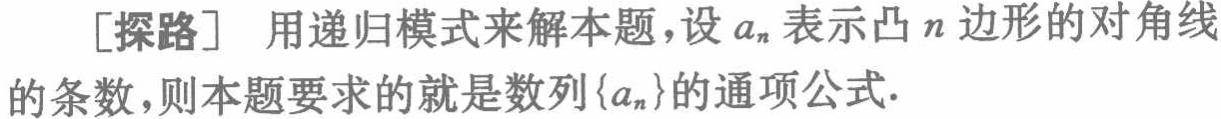
[探路] 用递归模式来解本题，设\(a_{n}\)表示凸\(n\)边形的对角线的条数，则本题要求的就是数列\(\{a_{n}\}\)的通项公式.